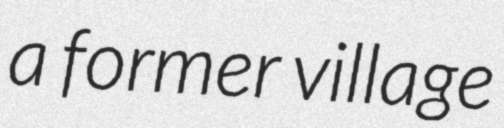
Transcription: a former village